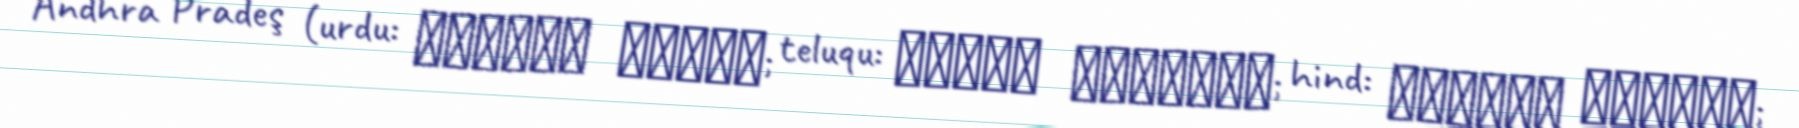
Andhra Pradeş (urdu: آندھرا پردیش; teluqu: ఆంధ్ర ప్రదేశ్; hind: आन्ध्र प्रदेश;